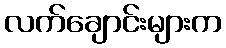
လက်ချောင်းများက